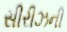
સીરીઝની